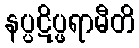
နပ္ပဋိပ္ဖရာမီတိ